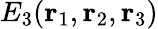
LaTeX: E_{3}(\mathbf{r}_{1},\mathbf{r}_{2},\mathbf{r}_{3})